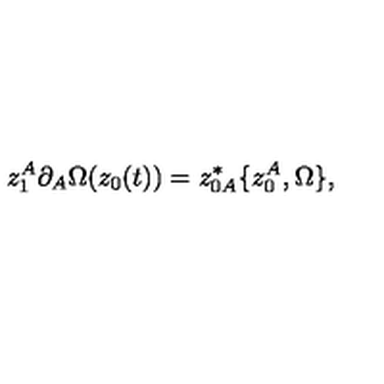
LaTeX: z _ { 1 } ^ { A } \partial _ { A } \Omega ( z _ { 0 } ( t ) ) = z _ { 0 A } ^ { * } \{ z _ { 0 } ^ { A } , \Omega \} ,